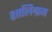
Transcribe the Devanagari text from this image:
शालिग्रम